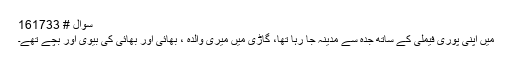
سوال # 161733
میں اپنی پوری فیملی کے ساتھ جدہ سے مدینہ جا رہا تھا، گاڑی میں میری والدہ ، بھائی اور بھائی کی بیوی اور بچے تھے۔